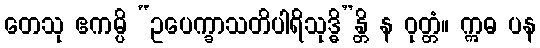
တေသု ဧကမ္ပိ “ဥပေက္ခာသတိပါရိသုဒ္ဓိ”န္တိ န ဝုတ္တံ။ ဣဓ ပန